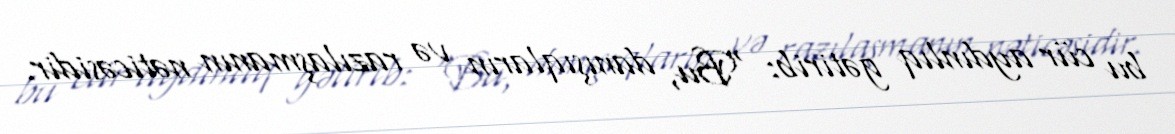
bu cür aydınlıq gətirib: “Bu, danışıqların və razılaşmanın nəticəsidir.